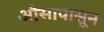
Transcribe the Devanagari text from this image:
औसापासून